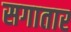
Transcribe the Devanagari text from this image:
सगातार